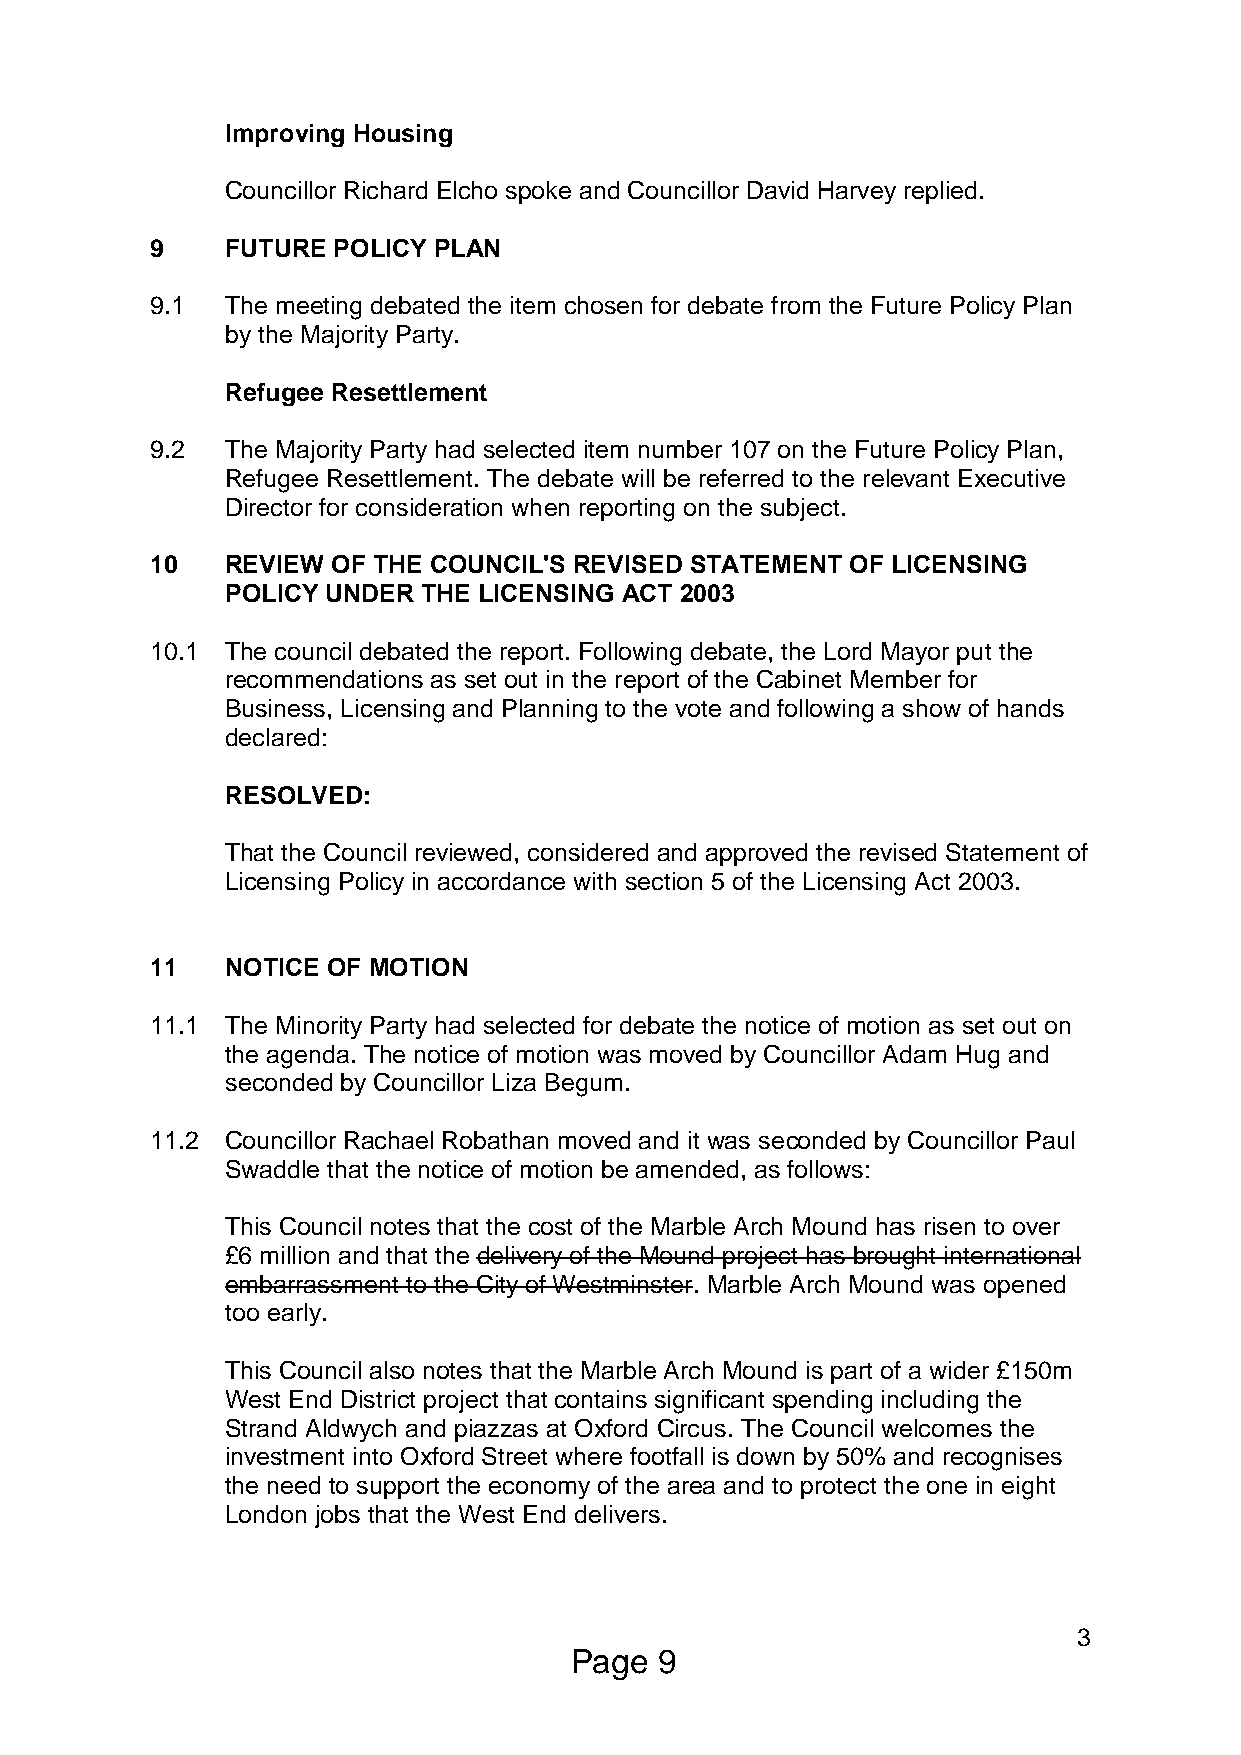
Improving Housing
 Councillor Richard Elcho spoke and Councillor David Harvey replied.
 9    FUTURE POLICY PLAN
 9.1  The meeting debated the item chosen for debate from the Future Policy Plan
 by the Majority Party.
 Refugee Resettlement
 9.2  The Majority Party had selected item number 107 on the Future Policy Plan,
 Refugee Resettlement. The debate will be referred to the relevant Executive
 Director for consideration when reporting on the subject.
 10   REVIEW OF THE COUNCIL'S REVISED STATEMENT OF LICENSING
 POLICY UNDER THE LICENSING ACT 2003
 10.1 The council debated the report. Following debate, the Lord Mayor put the
 recommendations as set out in the report of the Cabinet Member for
 Business, Licensing and Planning to the vote and following a show of hands
 declared:
 RESOLVED:
 That the Council reviewed, considered and approved the revised Statement of
 Licensing Policy in accordance with section 5 of the Licensing Act 2003.
 11   NOTICE OF MOTION
 11.1 The Minority Party had selected for debate the notice of motion as set out on
 the agenda. The notice of motion was moved by Councillor Adam Hug and
 seconded by Councillor Liza Begum.
 11.2 Councillor Rachael Robathan moved and it was seconded by Councillor Paul
 Swaddle that the notice of motion be amended, as follows:
 This Council notes that the cost of the Marble Arch Mound has risen to over
 £6 million and that the delivery of the Mound project has brought international
 embarrassment to the City of Westminster. Marble Arch Mound was opened
 too early.
 This Council also notes that the Marble Arch Mound is part of a wider £150m
 West End District project that contains significant spending including the
 Strand Aldwych and piazzas at Oxford Circus. The Council welcomes the
 investment into Oxford Street where footfall is down by 50% and recognises
 the need to support the economy of the area and to protect the one in eight
 London jobs that the West End delivers.
 3
 Page  9